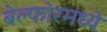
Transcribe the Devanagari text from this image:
बेल्फोरमध्ये